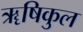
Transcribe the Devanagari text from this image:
ॠषिकुल